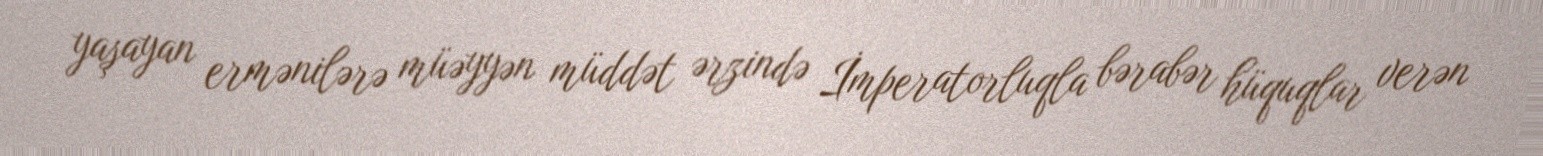
yaşayan ermənilərə müəyyən müddət ərzində İmperatorluqla bərabər hüquqlar verən